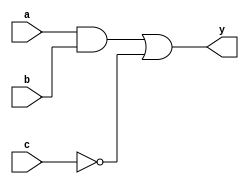
module combinational_logic(
    input wire a,        // First input
    input wire b,        // Second input
    input wire c,        // Third input
    output reg y        // Output
);

// Always block with sensitivity list to inputs a, b, and c
always @ (a or b or c) begin
    // Immediate assignment to output y based on inputs
    y = (a & b) | (~c); // Example combinational logic: y = (a AND b) OR (NOT c)
end

endmodule